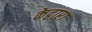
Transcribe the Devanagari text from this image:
केद्वारा